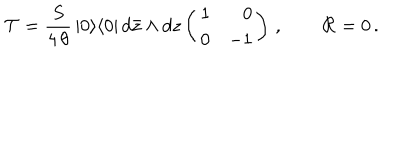
LaTeX: { \cal T } = \frac { S } { 4 \, \theta } \, | 0 \rangle \langle 0 | \, d \bar { z } \wedge d z \left( \begin{array} { r r } { { 1 } } & { { 0 } } \\ { { 0 } } & { { - 1 } } \\ \end{array} \right) \, , \qquad { \cal R } = 0 \, .